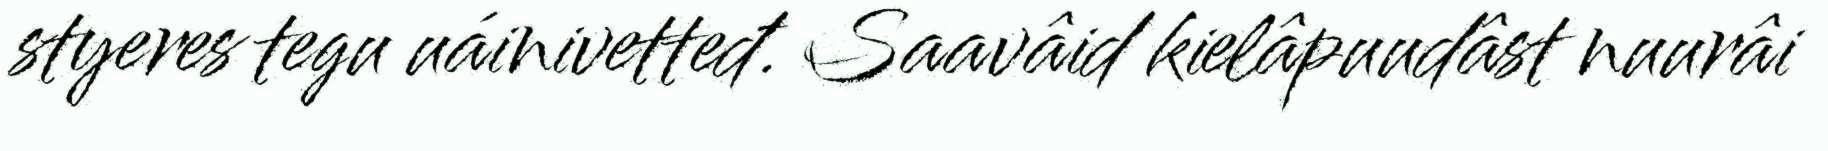
styeres tegu uáinivetteđ. Saavâid kielâpuudâst nuurâi